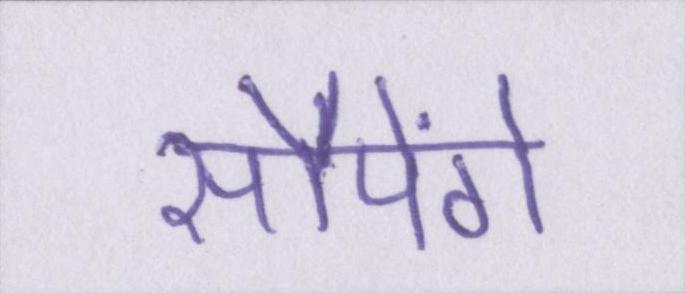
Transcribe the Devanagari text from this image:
सौपेंगे